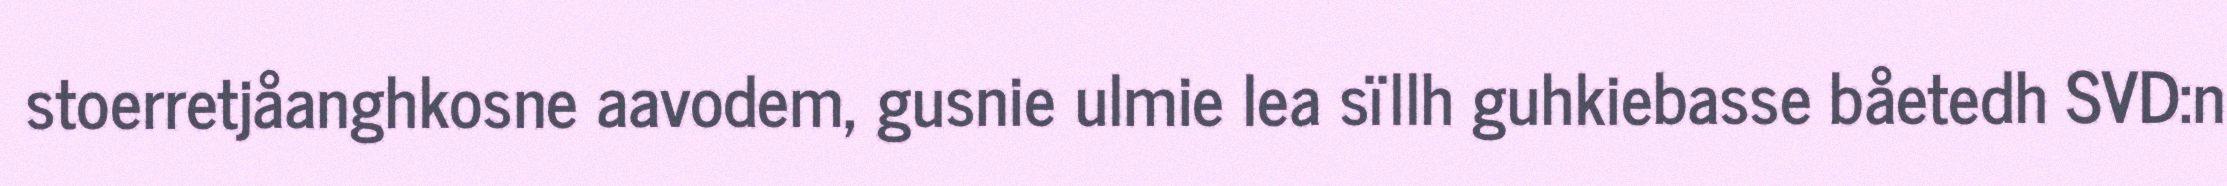
stoerretjåanghkosne aavodem, gusnie ulmie lea sïllh guhkiebasse båetedh SVD:n